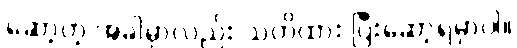
ဆော့တဲ့ အခါမှာလည်း သတိထား ပြီးဆော့ရမှာပါ။